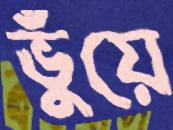
ভুঁয়ে